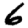
Digit: 6